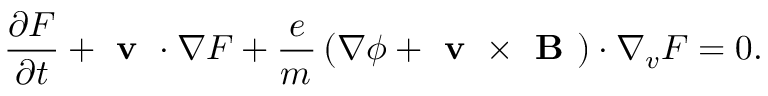
\frac { \partial F } { \partial t } + \textbf { v } \boldsymbol { \cdot } \nabla F + \frac { e } { m _ { } } \left( \nabla \phi + \textbf { v } \times \textbf { B } \right) \boldsymbol { \cdot } \nabla _ { v } F = 0 .